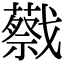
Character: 𢨝